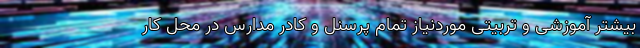
بیشتر آموزشی و تربیتی موردنیاز تمام پرسنل و کادر مدارس در محل کار